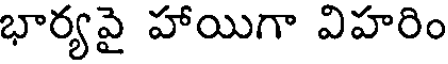
భార్యవై హాయిగా విహరిం